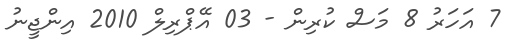
7 އަހަރު 8 މަސް ކުރިން - 03 އޭޕްރިލް 2010 އިންޖީނު